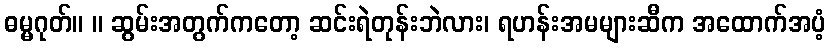
ဓမ္မဂုတ်။ ။ ဆွမ်းအတွက်ကတော့ ဆင်းရဲတုန်းဘဲလား၊ ရဟန်းအမများဆီက အထောက်အပံ့